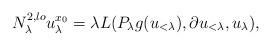
LaTeX: \begin{align*} N_\lambda^{2,lo} u_\lambda^{x_0} = \lambda L(P_{\lambda} g(u_{<\lambda}), \partial u_{<\lambda}, u_\lambda),\end{align*}